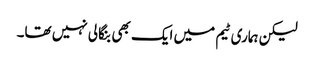
لیکن ہماری ٹیم میں ایک بھی بنگالی نہیں تھا۔